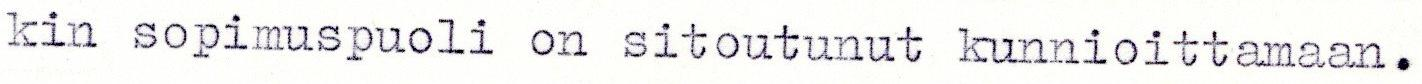
kin sopimuspuoli on sitoutunut kunnioittamaan.